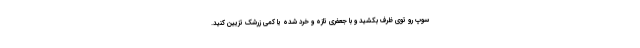
سوپ رو توی ظرف بکشید و با جعفری تازه و خرد شده یا کمی زرشک تزیین کنید.